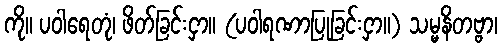
ကို။ ပဝါရေတုံ၊ ဖိတ်ခြင်းငှာ။ (ပဝါရဏာပြုခြင်းငှာ။) သမ္မနိတဗ္ဗာ၊